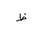
Letter: _za